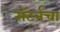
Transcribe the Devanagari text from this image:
सॅटर्नचा